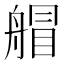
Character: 艒